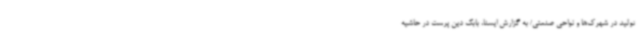
تولید در شهرک‌ها و نواحی صنعتی/ به گزارش ایسنا، بابک دین پرست در حاشیه